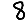
Digit: 8